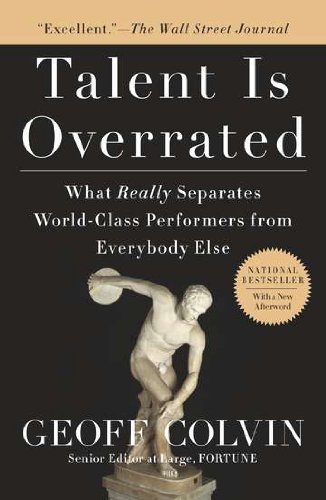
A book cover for Talent is Overrated: What Really Separates World-Class Performers from Everybody Else; Geoff Colvin; Business & Money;